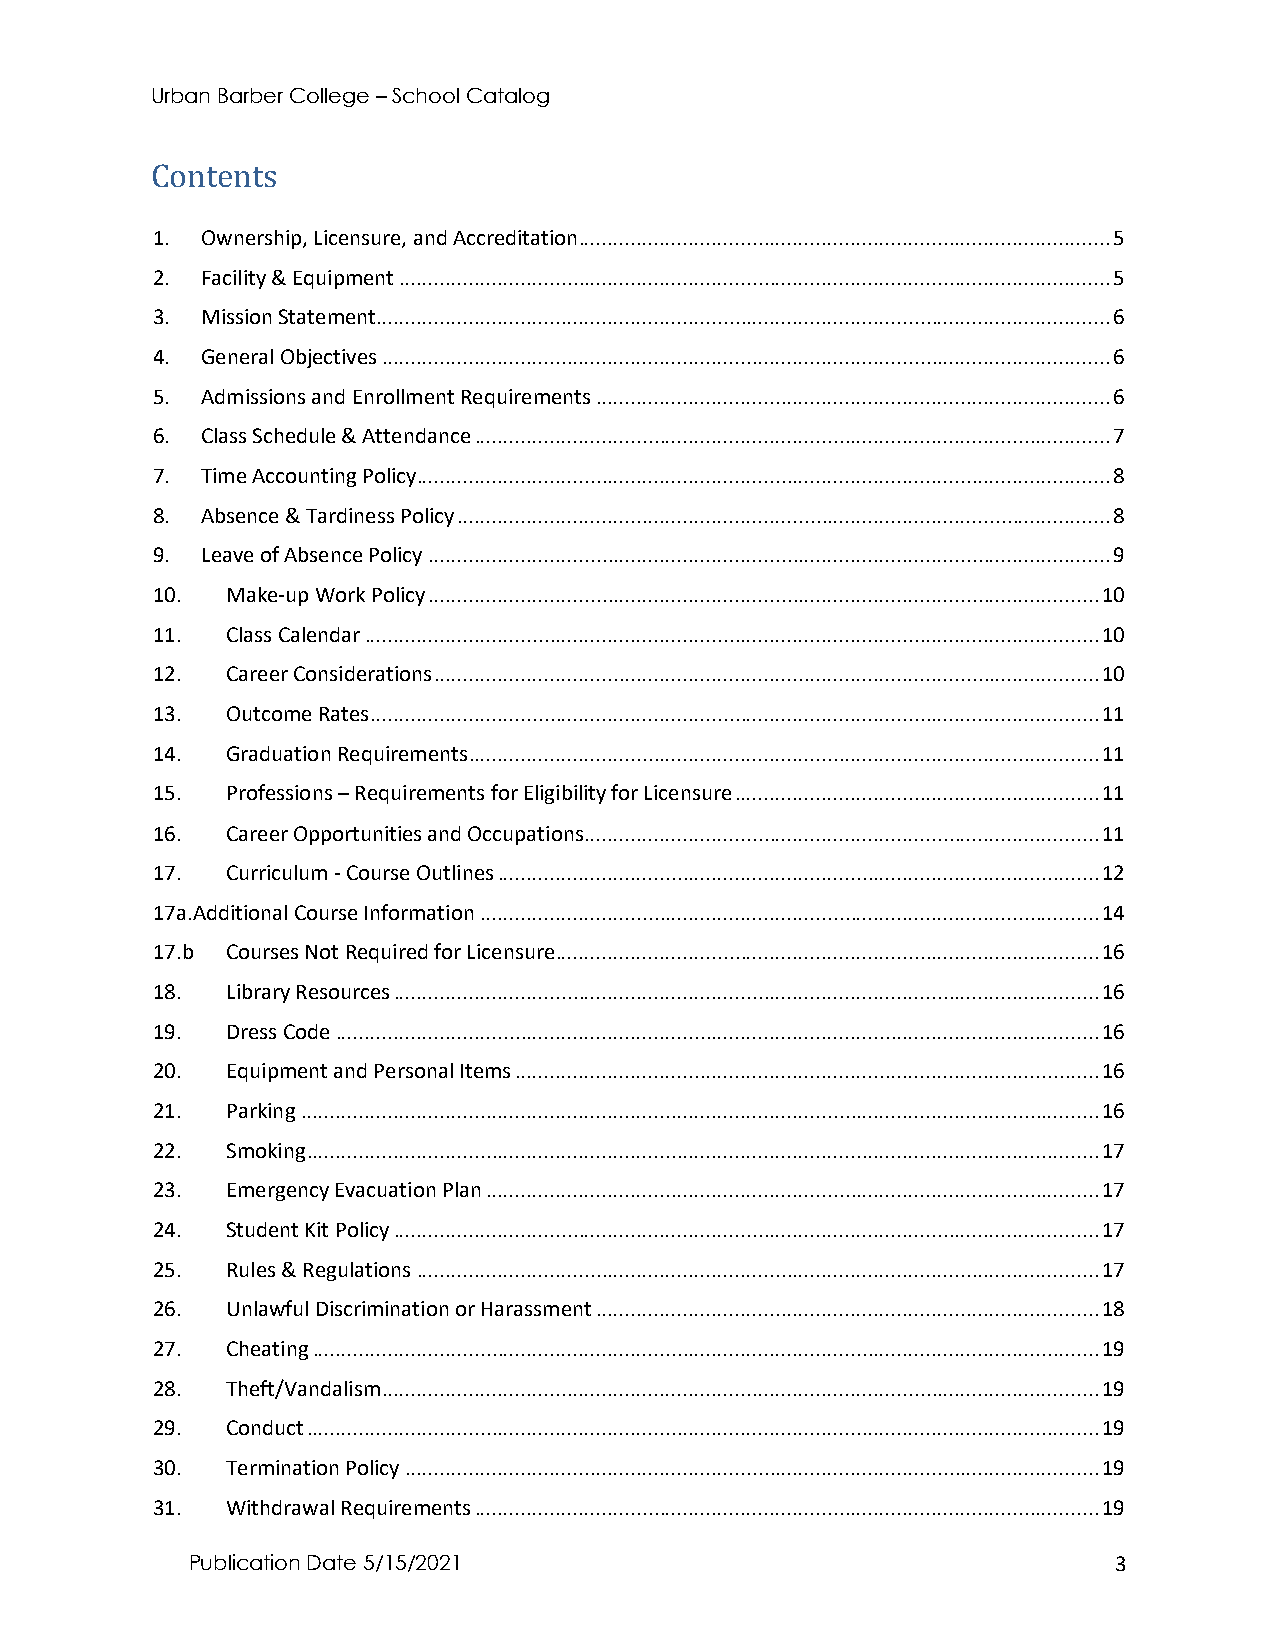
Urban Barber College – School Catalog
 Contents
 1. Ownership, Licensure, and Accreditation ............................................................................................ 5
 2. Facility & Equipment ........................................................................................................................... 5
 3. Mission Statement ............................................................................................................................... 6
 4. General Objectives .............................................................................................................................. 6
 5. Admissions and Enrollment Requirements ......................................................................................... 6
 6. Class Schedule & Attendance .............................................................................................................. 7
 7. Time Accounting Policy ........................................................................................................................ 8
 8. Absence & Tardiness Policy ................................................................................................................. 8
 9. Leave of Absence Policy ...................................................................................................................... 9
 10.  Make-up Work Policy .................................................................................................................... 10
 11.  Class Calendar ............................................................................................................................... 10
 12.  Career Considerations ................................................................................................................... 10
 13.  Outcome Rates .............................................................................................................................. 11
 14.  Graduation Requirements ............................................................................................................. 11
 15.  Professions – Requirements for Eligibility for Licensure ............................................................... 11
 16.  Career Opportunities and Occupations ......................................................................................... 11
 17.  Curriculum - Course Outlines ........................................................................................................ 12
 17a.Additional Course Information ........................................................................................................... 14
 17.b Courses Not Required for Licensure .............................................................................................. 16
 18.  Library Resources .......................................................................................................................... 16
 19.  Dress Code .................................................................................................................................... 16
 20.  Equipment and Personal Items ..................................................................................................... 16
 21.  Parking .......................................................................................................................................... 16
 22.  Smoking ......................................................................................................................................... 17
 23.  Emergency Evacuation Plan .......................................................................................................... 17
 24.  Student Kit Policy .......................................................................................................................... 17
 25.  Rules & Regulations ...................................................................................................................... 17
 26.  Unlawful Discrimination or Harassment ....................................................................................... 18
 27.  Cheating ........................................................................................................................................ 19
 28.  Theft/Vandalism ............................................................................................................................ 19
 29.  Conduct ......................................................................................................................................... 19
 30.  Termination Policy ........................................................................................................................ 19
 31.  Withdrawal Requirements ............................................................................................................ 19
 Publication Date 5/15/2021                                    3